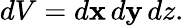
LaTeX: dV=d\mathbf{x}\, d\mathbf{y}\, dz.